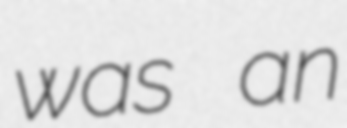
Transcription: was an